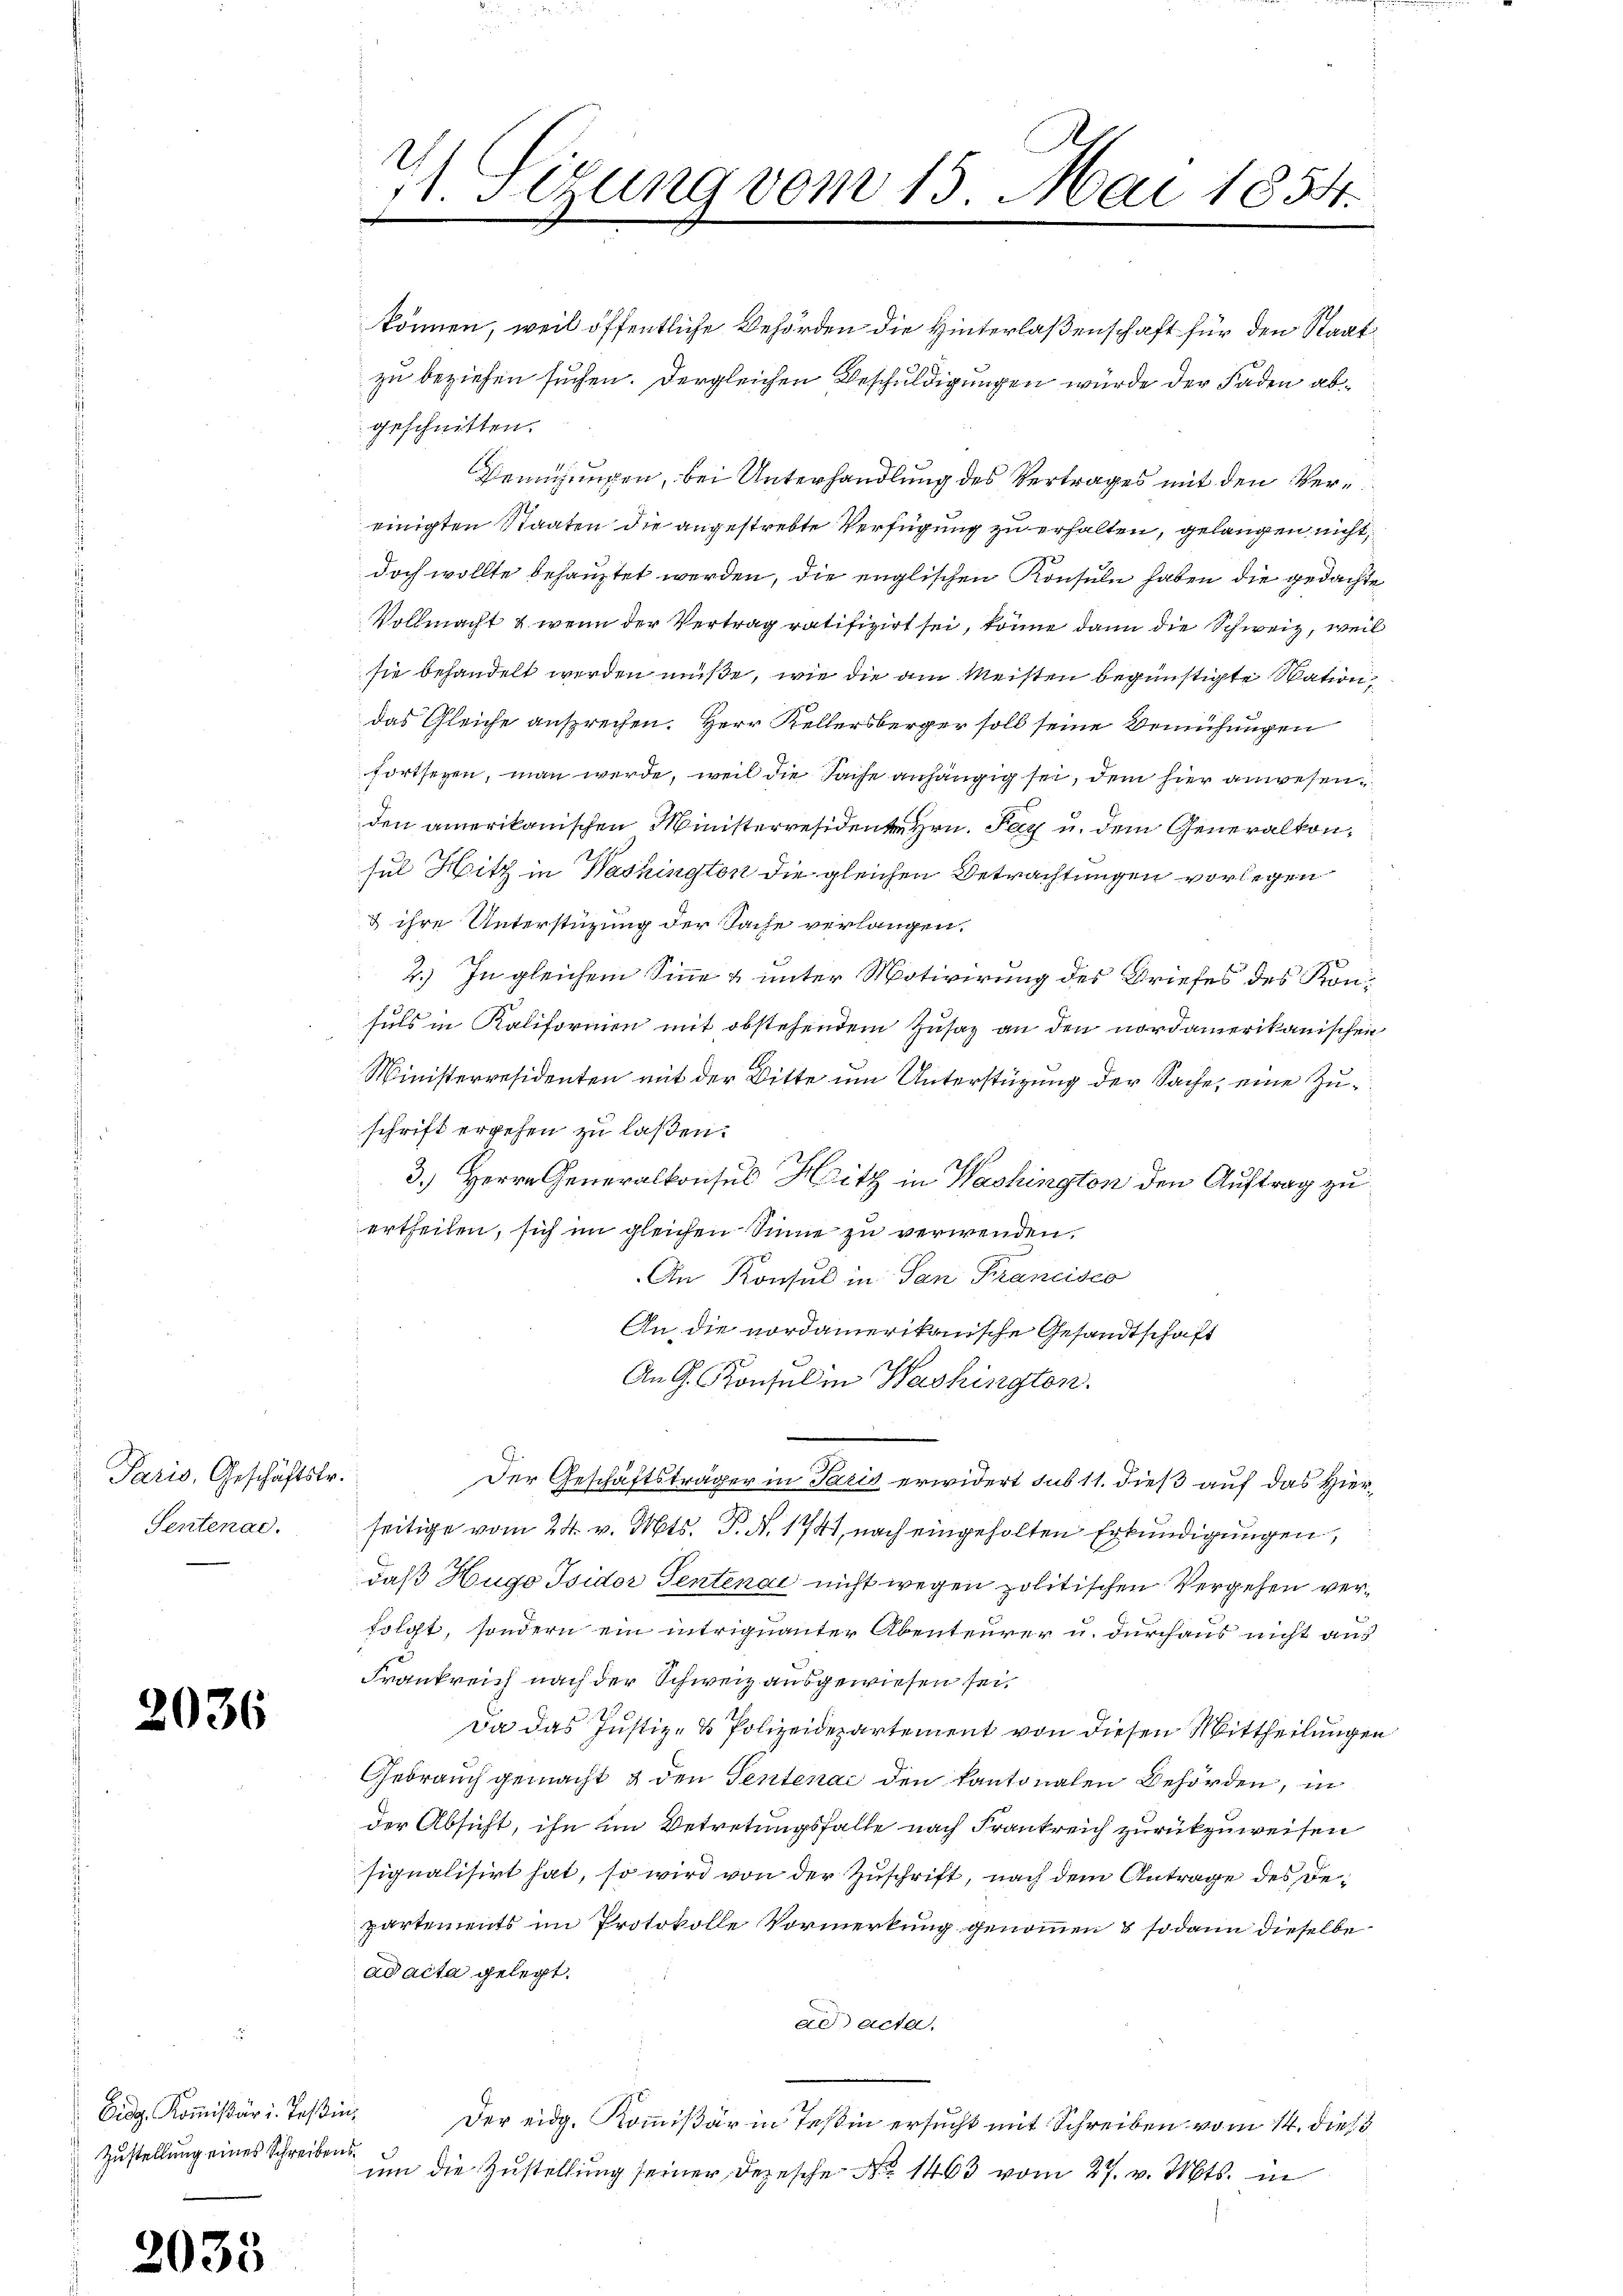
Paris, Geschäftstr.
Sentenac.

2036

Eidg. Kommissär i. Teßin,
Zustellung eines Schreibens¬

2035

können, weil öffentliche Behörden die Hinterlaßenschaft für den Staatzu beziehen suchen. Dergleichen Beschuldigungen wurde der Faden abgeschnitten.
Nennungen, bei Unterhandlung des Vertrages mit den Vereinigten Staaten die angestrebte Verfügung zu erhalten, gelangen nicht
doch wollte behauptet werden, die englischen Konsuln haben die gedachte
Vollmacht & wenn der Vertrag ratifizirt sei, könne dann die Schweiz, weil
sie behandelt werden müße, wie die am Meisten begünstigte Wation,
das Gleiche ansprechen. Herr Kellersberger soll seine Bemühungen
fortsezen, man werde, weil die Sache anhängig sei, dem hier anwesenden amerikanischen Ministerresidenten Hrn. Fez u. dem Generalkonsul Hitz in Washington die gleichen Betrachtungen vorlegen
& ihre Unterstüzung der Sache verlangen.
2.) In gleichem Sinne & unter Motivirung des Briefes des Kon¬
 S
sels in Kalifornien mit obstehendem Zusaz an den nordamerikanischen
Ministerresidenten mit der Bitte um Unterstüzung der Sache, eine Zuschrift ergehen zu laßen.
3.) Herrn Generalkonsul Hitz in Washington den Auftrag zu
ertheilen, sich im gleichen Sinne zu verwenden.
An Konsul in San Francisco
An die vordamerikanische Gesandtschaft
An G. Konsul in Washingten.
Der Geschäftsträger in Paris erwidert sub 11. dieß auf das Hierseitige vom 24. v. Mts. T. N. 1747, nach eingeholten Erkundigungen,
daß Hugo Isidor Sentenai nicht wegen politischen Vergehen verfolgt, sondern ein intrignanter Abenteurer u. durchaus nicht auf
Frankreich nach der Schweiz ausgewiesen sei.
Da das Justiz- & Polizeidepartement von diesen Mittheilungen
Gebrauch gemacht & den Sentenac den kantonalen Behörden, in
der Absicht, ihn im Betretungsfalle nach Frankreich zurükzuweisen
signalisirt hat, so wird von der Zuschrift, nach dem Antrage des Departements im Protokolle Vormerkung genommen & sodann dieselbe
ad acta gelegt.
ad acta.
Der eidg. Kommißär in Tessin ersucht mit Schreiben vom 14. dieß
um die Zustellung seiner Depesche No 1463 vom 27. v. Mts. in

11. Sitzung vom 13. Mai 1854.